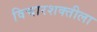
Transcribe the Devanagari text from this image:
विचारशक्तीला